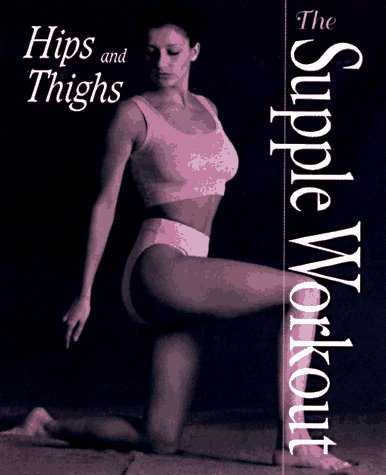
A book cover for Hips and Thighs (Supple Workout Series); Lorna Lee Malcolm; Health, Fitness & Dieting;